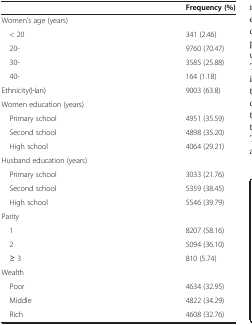
|  | Frequency (%) |
 | --- | --- |
 | Women’s age (years) |  |
 | < 20 | 341 (2.46) |
 | 20- | 9760 (70.47) |
 | 30- | 3585 (25.88) |
 | 40- | 164 (1.18) |
 | Ethnicity(Han) | 9003 (63.8) |
 | Women education (years) |  |
 | Primary school | 4951 (35.59) |
 | Second school | 4898 (35.20) |
 | High school | 4064 (29.21) |
 | Husband education (years) |  |
 | Primary school | 3033 (21.76) |
 | Second school | 5359 (38.45) |
 | High school | 5546 (39.79) |
 | Parity |  |
 | 1 | 8207 (58.16) |
 | 2 | 5094 (36.10) |
 | ≥ 3 | 810 (5.74) |
 | Wealth |  |
 | Poor | 4634 (32.95) |
 | Middle | 4822 (34.29) |
 | Rich | 4608 (32.76) |